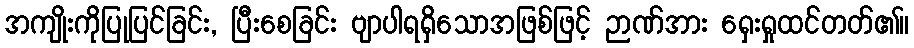
အကျိုးကိုပြုပြင်ခြင်း, ပြီးစေခြင်း ဗျာပါရရှိသောအဖြစ်ဖြင့် ဉာဏ်အား ရှေးရှုထင်တတ်၏။